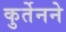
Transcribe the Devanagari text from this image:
कुर्तेनने